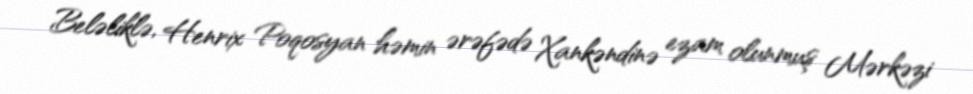
Beləliklə, Henrix Poqosyan həmin ərəfədə Xankəndinə ezam olunmuş Mərkəzi